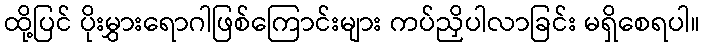
ထို့ပြင် ပိုးမွှားရောဂါဖြစ်ကြောင်းများ ကပ်ညှိပါလာခြင်း မရှိစေရပါ။